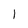
Character: 1